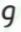
و